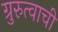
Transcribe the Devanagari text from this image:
ग्रुरुत्वाची